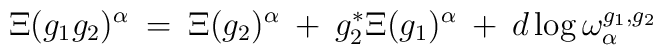
\Xi(g_1 g_2)^{\alpha} \: = \:\Xi(g_2)^{\alpha} \: + \: g_2^* \Xi(g_1)^{\alpha} \: + \:d \log \omega^{g_1, g_2}_{\alpha}